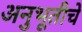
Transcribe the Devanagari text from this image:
अनुभूतीचे